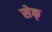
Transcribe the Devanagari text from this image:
सेक्